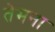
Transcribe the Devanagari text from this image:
तेमना